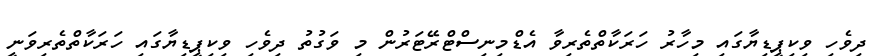
ދިވެހި ވިކިޕީޑިޔާގައި މިހާރު ހަރަކާތްތެރިވާ އެޑްމިނިސްޓްރޭޓަރުން މި ވަގުތު ދިވެހި ވިކިޕީޑިޔާގައި ހަރަކާތްތެރިވަނީ